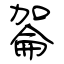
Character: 嗧